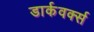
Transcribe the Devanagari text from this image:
डार्कवर्क्स